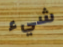
شيء